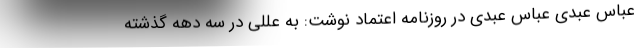
عباس عبدی عباس عبدی در روزنامه اعتماد نوشت: به عللی در سه دهه گذشته